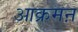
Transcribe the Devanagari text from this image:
आक्रमऩ